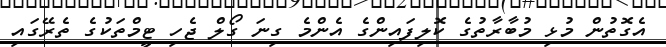
އެގޮތުން މުޅި މުބާރާތުގެ ކޮލިފައިންގެ އެންމެ ގިނަ ގޯލް ޖެހި ޓީމްތަކުގެ ތެރޭގައި